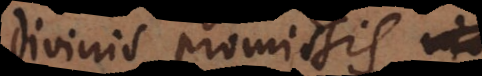
divinis promissis –